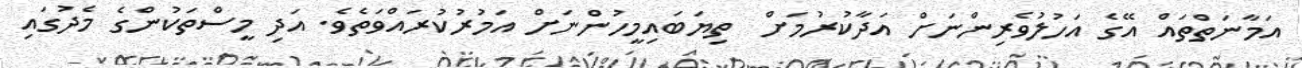
އަމާނަތްތައް އޭގެ އަހުލުވެރިންނަށް އަދާކުރުމަށް  ތިޔަބައިމީހުންނަށް އަމުރުކުރައްވަތެވެ. އަދި މީސްތަކުންގެ މެދުގައި